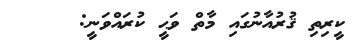
ކީރިތި ޤުރުއާނުގައި މާތް ވަޙީ ކުރައްވަނީ: